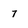
Character: 7